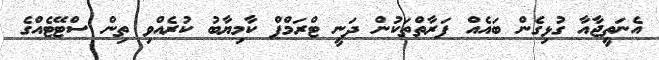
އެނަތީޖާއާ ގުޅިގެން ބައެއް ފަރާތްތަކުން ދަނީ ޓްރަމްޕް ކާމިޔާބު ކުރެއްވި ތިން ސްޓޭޓެއްގެ